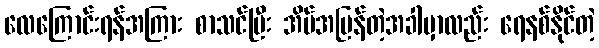
လေကြောင်းရန်အကြား စာသင်ပြီး အိမ်အပြန်တဲ့အခါမှာလည်း ရေနစ်နိုင်တဲ့